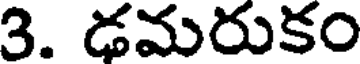
3. డమరుకం